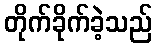
တိုက်ခိုက်ခဲ့သည်